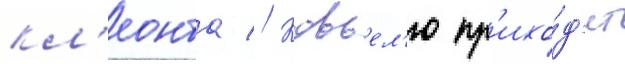
кл'еонта // Ковьел'ю пр'ихо́д'ит